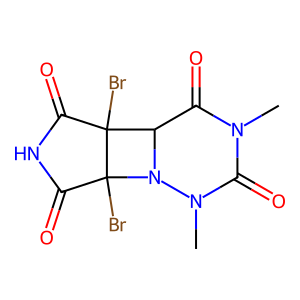
SMILES: CN1C(=O)C2N(N(C)C1=O)C1(Br)C(=O)NC(=O)C21Br
Inhibits HIV replication: Yes